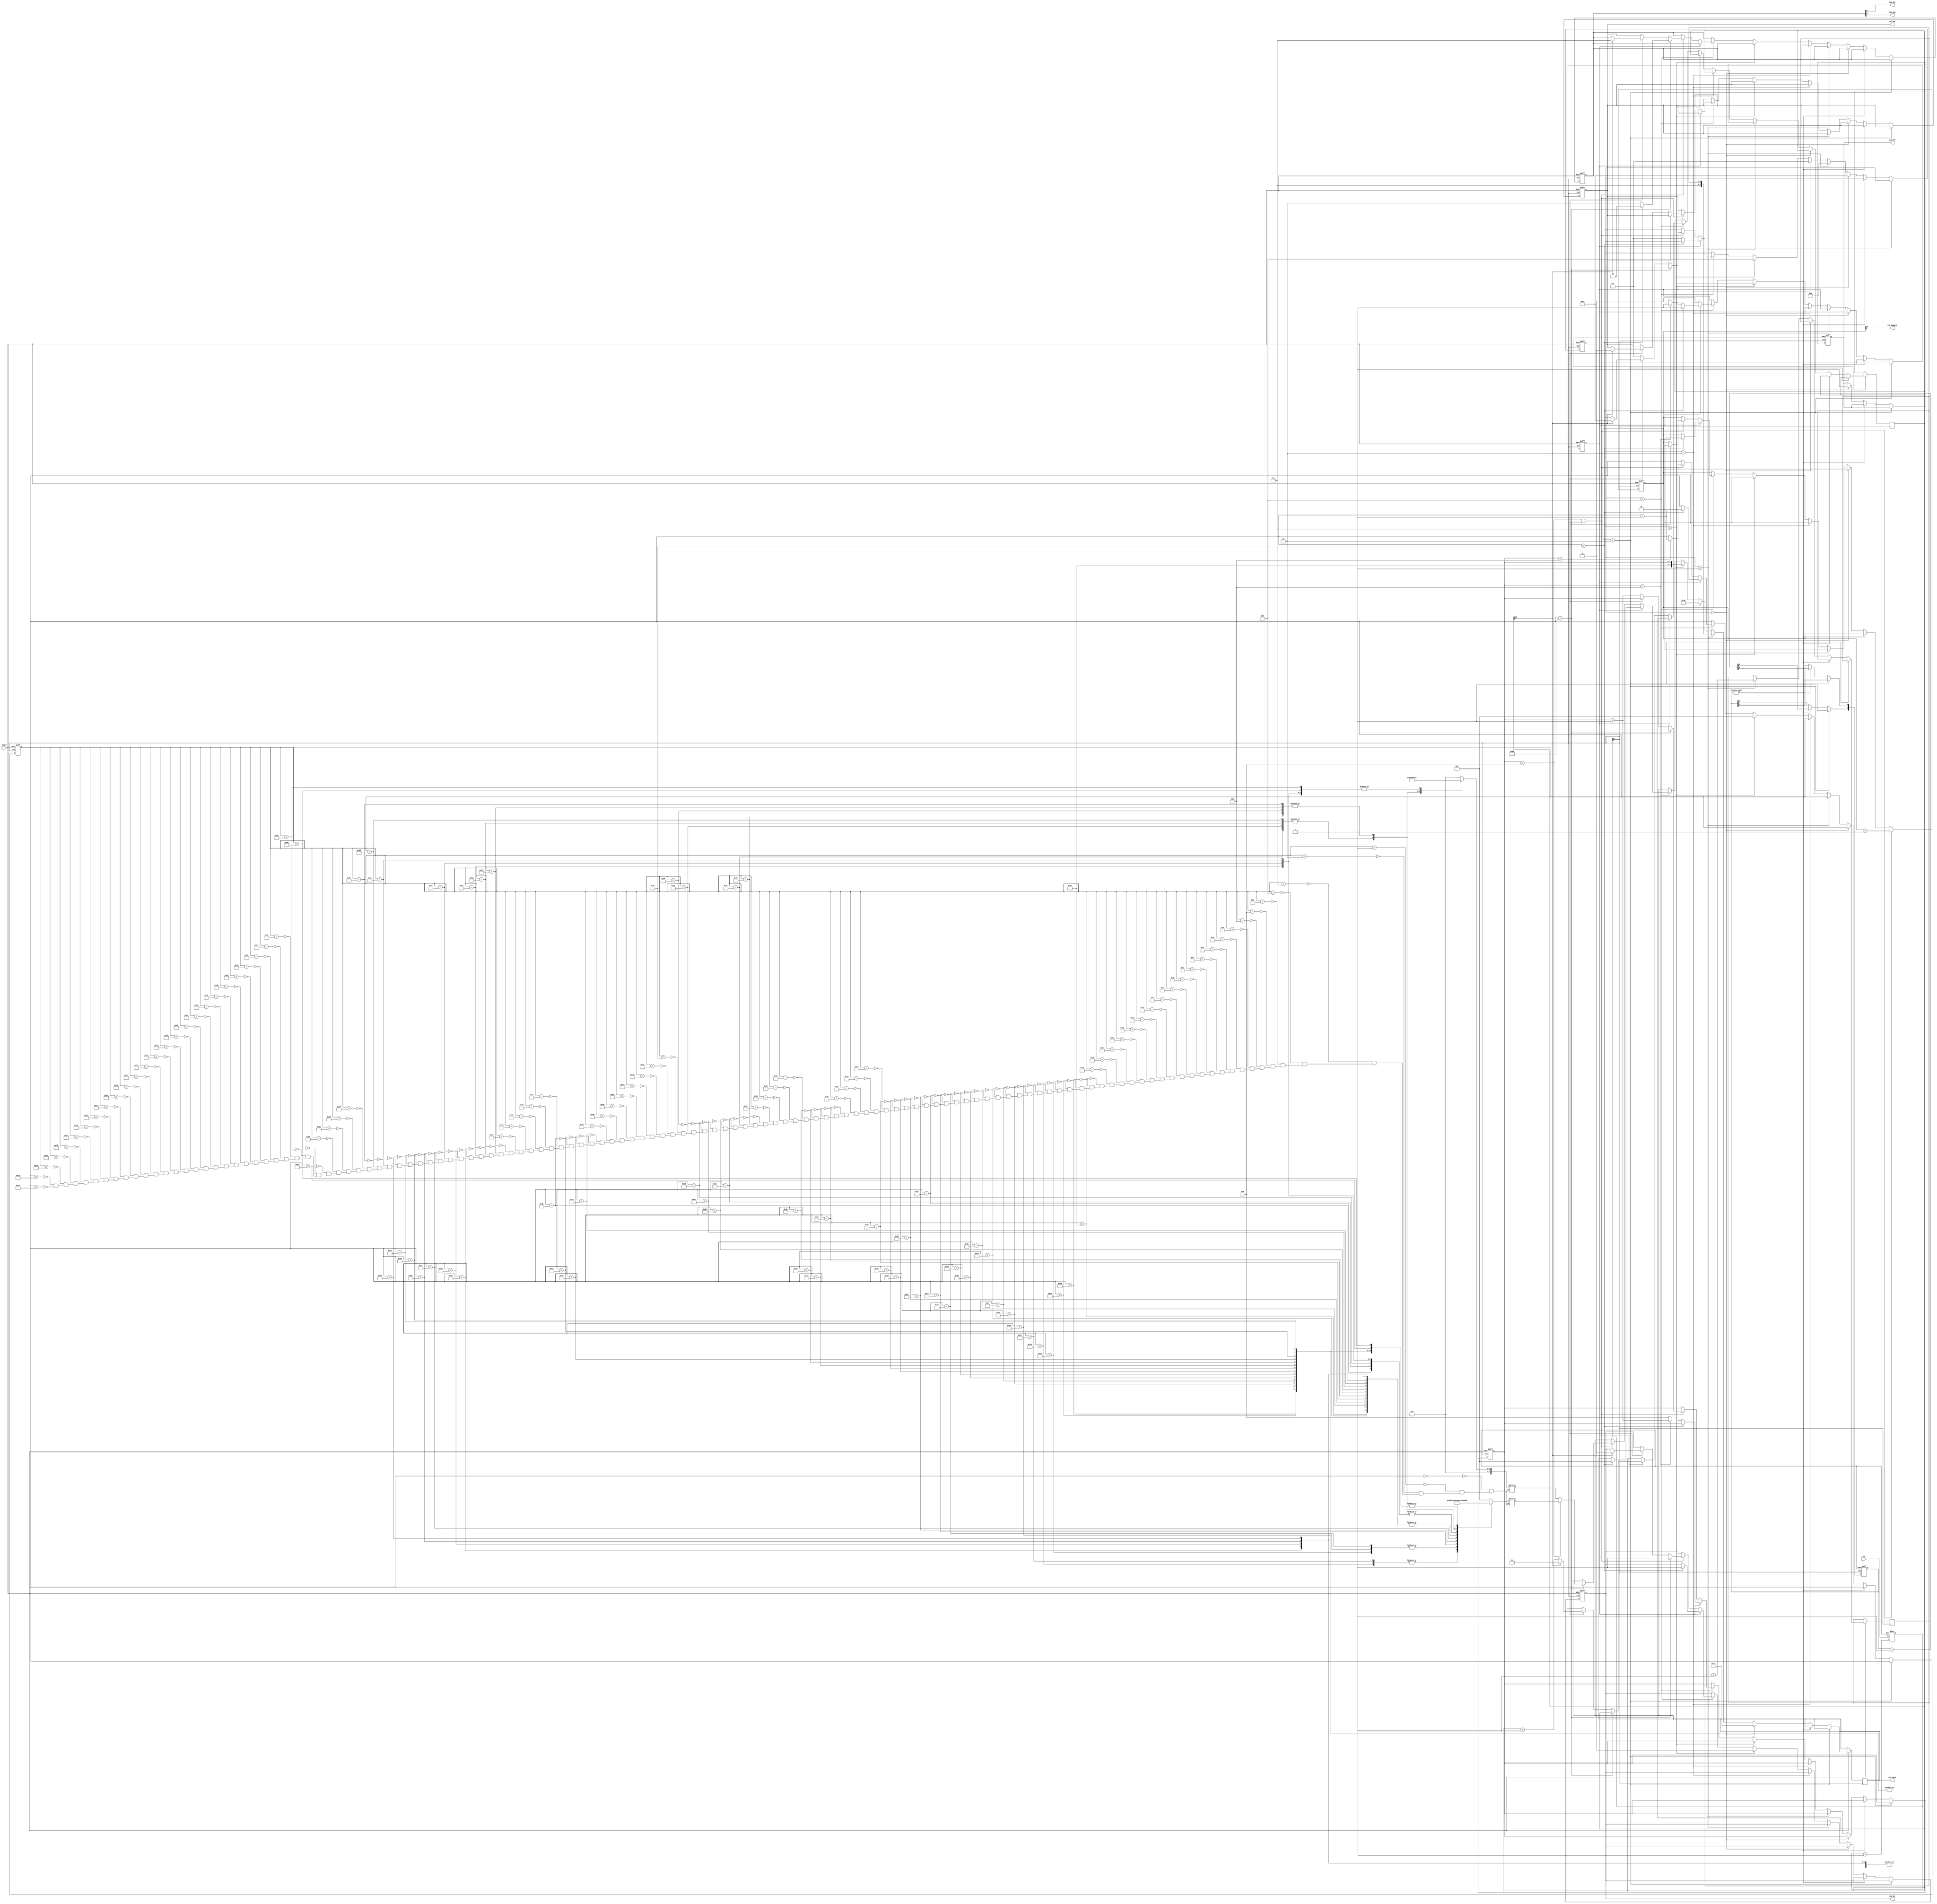
module lab8(CLK, RESET, LCD_ENABLE, LCD_RW, LCD_DI, LCD_CS1, LCD_CS2, LCD_RST,LCD_DATA);
	input CLK;
	input RESET;
	output LCD_ENABLE;
	output LCD_RW;
	output LCD_DI;
	output LCD_CS1;
	output LCD_CS2;
	output LCD_RST;
	output[7:0] LCD_DATA;
	reg[7:0] LCD_DATA;
	reg[7:0] UPPER_PATTERN;
	reg[7:0] LOWER_PATTERN;
	reg[1:0] LCD_SEL;
	reg[2:0] STATE;
	reg[2:0] X_PAGE;
	reg[8:1] DIVIDER;
	reg[1:0] DELAY;
	reg[7:0] INDEX;
	reg[1:0] ENABLE;
	reg CLEAR;
	reg LCD_RW;
	reg LCD_DI;
	reg LCD_RST;
	wire LCD_CLK;
	wire LCD_CS1;
	wire LCD_CS2;
	wire LCD_ENABLE;
	reg[5:0] start;
	reg[20:0] slow;
	/***********************
	* Clock Divider *
	***********************/
	always@(posedge CLK or negedge RESET)
	begin
	if(!RESET)
	DIVIDER <= 8'h00;
	else
	DIVIDER <= DIVIDER + 1;
	end
	assign LCD_CLK = DIVIDER[8];
	
	/***********************
	* Display Patterns *
	***********************/
	always@(INDEX)
	begin
		case(INDEX)
		8'h00 : UPPER_PATTERN = 8'h00; //SPACE
		8'h01 : UPPER_PATTERN = 8'h00;
		8'h02 : UPPER_PATTERN = 8'h00;
		8'h03 : UPPER_PATTERN = 8'h00;
		8'h04 : UPPER_PATTERN = 8'h00;
		8'h05 : UPPER_PATTERN = 8'h00;
		8'h06 : UPPER_PATTERN = 8'h00;
		8'h07 : UPPER_PATTERN = 8'h00;
		8'h08 : UPPER_PATTERN = 8'h00; // SPACE
		8'h09 : UPPER_PATTERN = 8'h00;
		8'h0A : UPPER_PATTERN = 8'h00;
		8'h0B : UPPER_PATTERN = 8'h00;
		8'h0C : UPPER_PATTERN = 8'h00;
		8'h0D : UPPER_PATTERN = 8'h00;
		8'h0E : UPPER_PATTERN = 8'h00;
		8'h0F : UPPER_PATTERN = 8'h00;
		8'h10 : UPPER_PATTERN = 8'h00; // SPACE
		8'h11 : UPPER_PATTERN = 8'h00;
		8'h12 : UPPER_PATTERN = 8'h00;
		8'h13 : UPPER_PATTERN = 8'h00;
		8'h14 : UPPER_PATTERN = 8'h00;
		8'h15 : UPPER_PATTERN = 8'h00;
		8'h16 : UPPER_PATTERN = 8'h00;
		8'h17 : UPPER_PATTERN = 8'h08;
		8'h18 : UPPER_PATTERN = 8'hF8; // H
		8'h19 : UPPER_PATTERN = 8'hF8;
		8'h1A : UPPER_PATTERN = 8'h88;
		8'h1B : UPPER_PATTERN = 8'h80;
		8'h1C : UPPER_PATTERN = 8'h80;
		8'h1D : UPPER_PATTERN = 8'h88;
		8'h1E : UPPER_PATTERN = 8'hF8;
		8'h1F : UPPER_PATTERN = 8'hF8;
		8'h20 : UPPER_PATTERN = 8'h08; // E
		8'h21 : UPPER_PATTERN = 8'h08;
		8'h22 : UPPER_PATTERN = 8'hF8;
		8'h23 : UPPER_PATTERN = 8'hF8;
		8'h24 : UPPER_PATTERN = 8'h88;
		8'h25 : UPPER_PATTERN = 8'hC8;
		8'h26 : UPPER_PATTERN = 8'h18;
		8'h27 : UPPER_PATTERN = 8'h38;
		8'h28 : UPPER_PATTERN = 8'h08; // L
		8'h29 : UPPER_PATTERN = 8'hF8;
		8'h2A : UPPER_PATTERN = 8'hF8;
		8'h2B : UPPER_PATTERN = 8'h08;
		8'h2C : UPPER_PATTERN = 8'h00;
		8'h2D : UPPER_PATTERN = 8'h00;
		8'h2E : UPPER_PATTERN = 8'h00;
		8'h2F : UPPER_PATTERN = 8'h00;
		8'h30 : UPPER_PATTERN = 8'h08; // L
		8'h31 : UPPER_PATTERN = 8'hF8;
		8'h32 : UPPER_PATTERN = 8'hF8;
		8'h33 : UPPER_PATTERN = 8'h08;
		8'h34 : UPPER_PATTERN = 8'h00;
		8'h35 : UPPER_PATTERN = 8'h00;
		8'h36 : UPPER_PATTERN = 8'h00;
		8'h37 : UPPER_PATTERN = 8'h00;
		8'h38 : UPPER_PATTERN = 8'hE0; // O
		8'h39 : UPPER_PATTERN = 8'hF0;
		8'h3A : UPPER_PATTERN = 8'h18;
		8'h3B : UPPER_PATTERN = 8'h08;
		8'h3C : UPPER_PATTERN = 8'h08;
		8'h3D : UPPER_PATTERN = 8'h18;
		8'h3E : UPPER_PATTERN = 8'hF0;
		8'h3F : UPPER_PATTERN = 8'hE0;
		8'h40 : UPPER_PATTERN = 8'h00; //SPACE
		8'h41 : UPPER_PATTERN = 8'h00;
		8'h42 : UPPER_PATTERN = 8'h00;
		8'h43 : UPPER_PATTERN = 8'h00;
		8'h44 : UPPER_PATTERN = 8'h00;
		8'h45 : UPPER_PATTERN = 8'h00;
		8'h46 : UPPER_PATTERN = 8'h00;
		8'h47 : UPPER_PATTERN = 8'h00;
		8'h48 : UPPER_PATTERN = 8'h08; // L
		8'h49 : UPPER_PATTERN = 8'hF8;
		8'h4A : UPPER_PATTERN = 8'hF8;
		8'h4B : UPPER_PATTERN = 8'h08;
		8'h4C : UPPER_PATTERN = 8'h00;
		8'h4D : UPPER_PATTERN = 8'h00;
		8'h4E : UPPER_PATTERN = 8'h00;
		8'h4F : UPPER_PATTERN = 8'h00;
		8'h50 : UPPER_PATTERN = 8'h00; // C
		8'h51 : UPPER_PATTERN = 8'hE0;
		8'h52 : UPPER_PATTERN = 8'hF0;
		8'h53 : UPPER_PATTERN = 8'h18;
		8'h54 : UPPER_PATTERN = 8'h08;
		8'h55 : UPPER_PATTERN = 8'h08;
		8'h56 : UPPER_PATTERN = 8'h18;
		8'h57 : UPPER_PATTERN = 8'h30;
		8'h58 : UPPER_PATTERN = 8'h08; // D
		8'h59 : UPPER_PATTERN = 8'hF8;
		8'h5A : UPPER_PATTERN = 8'hF8;
		8'h5B : UPPER_PATTERN = 8'h08;
		8'h5C : UPPER_PATTERN = 8'h18;
		8'h5D : UPPER_PATTERN = 8'hF0;
		8'h5E : UPPER_PATTERN = 8'hE0;
		8'h5F : UPPER_PATTERN = 8'h00;
		8'h60 : UPPER_PATTERN = 8'h00; // !
		8'h61 : UPPER_PATTERN = 8'h00;
		8'h62 : UPPER_PATTERN = 8'h00;
		8'h63 : UPPER_PATTERN = 8'hF8;
		8'h64 : UPPER_PATTERN = 8'hF8;
		8'h65 : UPPER_PATTERN = 8'h00;
		8'h66 : UPPER_PATTERN = 8'h00;
		8'h67 : UPPER_PATTERN = 8'h00;
		8'h68 : UPPER_PATTERN = 8'h00; // SPACE
		8'h69 : UPPER_PATTERN = 8'h00;
		8'h6A : UPPER_PATTERN = 8'h00;
		8'h6B : UPPER_PATTERN = 8'h00;
		8'h6C : UPPER_PATTERN = 8'h00;
		8'h6D : UPPER_PATTERN = 8'h00;
		8'h6E : UPPER_PATTERN = 8'h00;
		8'h6F : UPPER_PATTERN = 8'h00;
		8'h70 : UPPER_PATTERN = 8'h00; // SPACE
		8'h71 : UPPER_PATTERN = 8'h00;
		8'h72 : UPPER_PATTERN = 8'h00;
		8'h73 : UPPER_PATTERN = 8'h00;
		8'h74 : UPPER_PATTERN = 8'h00;
		8'h75 : UPPER_PATTERN = 8'h00;
		8'h76 : UPPER_PATTERN = 8'h00;
		8'h77 : UPPER_PATTERN = 8'h00;
		8'h78 : UPPER_PATTERN = 8'h00; // SPACE
		8'h79 : UPPER_PATTERN = 8'h00;
		8'h7A : UPPER_PATTERN = 8'h00;
		8'h7B : UPPER_PATTERN = 8'h00;
		8'h7C : UPPER_PATTERN = 8'h00;
		8'h7D : UPPER_PATTERN = 8'h00;
		8'h7E : UPPER_PATTERN = 8'h00;
		8'h7F : UPPER_PATTERN = 8'h00;
		endcase
	end

	always@(INDEX)
	begin
		case(INDEX)
		8'h00 : LOWER_PATTERN = 8'h00; // SPACE
		8'h01 : LOWER_PATTERN = 8'h00;
		8'h02 : LOWER_PATTERN = 8'h00;
		8'h03 : LOWER_PATTERN = 8'h00;
		8'h04 : LOWER_PATTERN = 8'h00;
		8'h05 : LOWER_PATTERN = 8'h00;
		8'h06 : LOWER_PATTERN = 8'h00;
		8'h07 : LOWER_PATTERN = 8'h00;
		8'h08 : LOWER_PATTERN = 8'h00; // SPACE
		8'h09 : LOWER_PATTERN = 8'h00;
		8'h0A : LOWER_PATTERN = 8'h00;
		8'h0B : LOWER_PATTERN = 8'h00;
		8'h0C : LOWER_PATTERN = 8'h00;
		8'h0D : LOWER_PATTERN = 8'h00;
		8'h0E : LOWER_PATTERN = 8'h00;
		8'h0F : LOWER_PATTERN = 8'h00;
		8'h10 : LOWER_PATTERN = 8'h00; // SPACE
		8'h11 : LOWER_PATTERN = 8'h00;
		8'h12 : LOWER_PATTERN = 8'h00;
		8'h13 : LOWER_PATTERN = 8'h00;
		8'h14 : LOWER_PATTERN = 8'h00;
		8'h15 : LOWER_PATTERN = 8'h00;
		8'h16 : LOWER_PATTERN = 8'h00;
		8'h17 : LOWER_PATTERN = 8'h08;
		8'h18 : LOWER_PATTERN = 8'h0F; // H
		8'h19 : LOWER_PATTERN = 8'h0F;
		8'h1A : LOWER_PATTERN = 8'h08;
		8'h1B : LOWER_PATTERN = 8'h00;
		8'h1C : LOWER_PATTERN = 8'h00;
		8'h1D : LOWER_PATTERN = 8'h08;
		8'h1E : LOWER_PATTERN = 8'h0F;
		8'h1F : LOWER_PATTERN = 8'h0F;
		8'h20 : LOWER_PATTERN = 8'h08; // E
		8'h21 : LOWER_PATTERN = 8'h08;
		8'h22 : LOWER_PATTERN = 8'h0F;
		8'h23 : LOWER_PATTERN = 8'h0F;
		8'h24 : LOWER_PATTERN = 8'h08;
		8'h25 : LOWER_PATTERN = 8'h09;
		8'h26 : LOWER_PATTERN = 8'h0C;
		8'h27 : LOWER_PATTERN = 8'h0E;
		8'h28 : LOWER_PATTERN = 8'h08; // L
		8'h29 : LOWER_PATTERN = 8'h0F;
		8'h2A : LOWER_PATTERN = 8'h0F;
		8'h2B : LOWER_PATTERN = 8'h08;
		8'h2C : LOWER_PATTERN = 8'h08;
		8'h2D : LOWER_PATTERN = 8'h08;
		8'h2E : LOWER_PATTERN = 8'h08;
		8'h2F : LOWER_PATTERN = 8'h0C;
		8'h30 : LOWER_PATTERN = 8'h08; // L
		8'h31 : LOWER_PATTERN = 8'h0F;
		8'h32 : LOWER_PATTERN = 8'h0F;
		8'h33 : LOWER_PATTERN = 8'h08;
		8'h34 : LOWER_PATTERN = 8'h08;
		8'h35 : LOWER_PATTERN = 8'h08;
		8'h36 : LOWER_PATTERN = 8'h08;
		8'h37 : LOWER_PATTERN = 8'h0C;
		8'h38 : LOWER_PATTERN = 8'h03; // O
		8'h39 : LOWER_PATTERN = 8'h07;
		8'h3A : LOWER_PATTERN = 8'h0C;
		8'h3B : LOWER_PATTERN = 8'h08;
		8'h3C : LOWER_PATTERN = 8'h08;
		8'h3D : LOWER_PATTERN = 8'h0C;
		8'h3E : LOWER_PATTERN = 8'h07;
		8'h3F : LOWER_PATTERN = 8'h03;	
		8'h40 : LOWER_PATTERN = 8'h00; // SPACE
		8'h41 : LOWER_PATTERN = 8'h00;
		8'h42 : LOWER_PATTERN = 8'h00;
		8'h43 : LOWER_PATTERN = 8'h00;
		8'h44 : LOWER_PATTERN = 8'h00;
		8'h45 : LOWER_PATTERN = 8'h00;
		8'h46 : LOWER_PATTERN = 8'h00;
		8'h47 : LOWER_PATTERN = 8'h00;
		8'h48 : LOWER_PATTERN = 8'h08; // L
		8'h49 : LOWER_PATTERN = 8'h0F;
		8'h4A : LOWER_PATTERN = 8'h0F;
		8'h4B : LOWER_PATTERN = 8'h08;
		8'h4C : LOWER_PATTERN = 8'h08;
		8'h4D : LOWER_PATTERN = 8'h08;
		8'h4E : LOWER_PATTERN = 8'h08;
		8'h4F : LOWER_PATTERN = 8'h0C;
		8'h50 : LOWER_PATTERN = 8'h00; // C
		8'h51 : LOWER_PATTERN = 8'h03;
		8'h52 : LOWER_PATTERN = 8'h07;
		8'h53 : LOWER_PATTERN = 8'h0C;
		8'h54 : LOWER_PATTERN = 8'h08;
		8'h55 : LOWER_PATTERN = 8'h08;
		8'h56 : LOWER_PATTERN = 8'h0C;
		8'h57 : LOWER_PATTERN = 8'h06;
		8'h58 : LOWER_PATTERN = 8'h08; // D
		8'h59 : LOWER_PATTERN = 8'h0F;
		8'h5A : LOWER_PATTERN = 8'h0F;
		8'h5B : LOWER_PATTERN = 8'h08;
		8'h5C : LOWER_PATTERN = 8'h0C;
		8'h5D : LOWER_PATTERN = 8'h07;
		8'h5E : LOWER_PATTERN = 8'h03;
		8'h5F : LOWER_PATTERN = 8'h00;
		8'h60 : LOWER_PATTERN = 8'h00; // !
		8'h61 : LOWER_PATTERN = 8'h00;
		8'h62 : LOWER_PATTERN = 8'h00;
		8'h63 : LOWER_PATTERN = 8'h00;
		8'h64 : LOWER_PATTERN = 8'h0C;
		8'h65 : LOWER_PATTERN = 8'h0C;
		8'h66 : LOWER_PATTERN = 8'h00;
		8'h67 : LOWER_PATTERN = 8'h00;
		8'h68 : LOWER_PATTERN = 8'h00; // SPACE
		8'h69 : LOWER_PATTERN = 8'h00;
		8'h6A : LOWER_PATTERN = 8'h00;
		8'h6B : LOWER_PATTERN = 8'h00;
		8'h6C : LOWER_PATTERN = 8'h00;
		8'h6D : LOWER_PATTERN = 8'h00;
		8'h6E : LOWER_PATTERN = 8'h00;
		8'h6F : LOWER_PATTERN = 8'h00;
		8'h70 : LOWER_PATTERN = 8'h00; // SPACE
		8'h71 : LOWER_PATTERN = 8'h00;
		8'h72 : LOWER_PATTERN = 8'h00;
		8'h73 : LOWER_PATTERN = 8'h00;
		8'h74 : LOWER_PATTERN = 8'h00;
		8'h75 : LOWER_PATTERN = 8'h00;
		8'h76 : LOWER_PATTERN = 8'h00;
		8'h77 : LOWER_PATTERN = 8'h00;
		8'h78 : LOWER_PATTERN = 8'h00; // SPACE
		8'h79 : LOWER_PATTERN = 8'h00;
		8'h7A : LOWER_PATTERN = 8'h00;
		8'h7B : LOWER_PATTERN = 8'h00;
		8'h7C : LOWER_PATTERN = 8'h00;
		8'h7D : LOWER_PATTERN = 8'h00;
		8'h7E : LOWER_PATTERN = 8'h00;
		8'h7F : LOWER_PATTERN = 8'h00;
		endcase
	end
	/******************************
	* Initialize and Write LCD Data *
	******************************/
	always@(negedge LCD_CLK or negedge RESET)begin
		if(!RESET)begin
			CLEAR <= 1'b1;
			STATE <= 3'b0;
			DELAY <= 2'b00;
			X_PAGE <= 3'o0;
			INDEX = 0;
			LCD_RST<= 1'b0;
			ENABLE <= 2'b00;
			LCD_SEL<= 2'b11;
			LCD_DI <= 1'b0;
			LCD_RW <= 1'b0;
		end
		
		else begin
			if(ENABLE < 2'b10)begin
				ENABLE <= ENABLE + 1;
				DELAY[1]<= 1'b1;
			end
			else if(DELAY != 2'b00)
				DELAY <= DELAY -1;
			else if(STATE == 3'o0)begin
				STATE <= 3'o1;
				LCD_RST <= 1'b1;
				LCD_DATA<= 8'h3F;
				ENABLE <= 2'b00;
			end
			else if(STATE == 3'o1)
			begin
				STATE <= 3'o2;
				LCD_DATA<= {2'b11,start};
				ENABLE <= 2'b00;
				start <= start+1;
			end
			else if(STATE == 3'o2)
			begin
				STATE <= 3'o3;
				LCD_DATA<= 8'h40;
				ENABLE <= 2'b00;
			end
			else if(STATE == 3'o3)
			begin
				STATE <= 3'o4;
				LCD_DI <= 1'b0;
				INDEX = 0;
				LCD_DATA<= {5'b10111,X_PAGE};
				ENABLE <= 2'b00;
			end
			else if(STATE == 3'o4)
			begin
				if(CLEAR)
				begin
					if(INDEX < 64)
					begin
						INDEX = INDEX + 1;
						LCD_DI <= 1'b1;
						LCD_DATA<= 8'h00;
						ENABLE <= 2'b00;
					end
					else if(X_PAGE < 3'o7)
					begin
						STATE <= 3'o3;
						X_PAGE <= X_PAGE + 1;
					end
					else
					begin
						STATE <= 3'o3;
						X_PAGE <= 3'o6;  //a
						CLEAR <= 1'b0;
					end
			end
			
			else
				if((X_PAGE == 3'o6)||(X_PAGE == 3'o7))
				begin
					if(INDEX < 128)
					begin
						LCD_DI <= 1'b1;
						if(X_PAGE == 3'o6)
							LCD_DATA <= UPPER_PATTERN;
						else
							LCD_DATA <= LOWER_PATTERN;
						
						if(INDEX < 64)
							LCD_SEL <= 2'b01;
						else
							LCD_SEL <= 2'b10;
						
						INDEX = INDEX + 1;
						ENABLE<= 2'b00;
					end
					
					else
					begin
						if(X_PAGE==3'o7)begin
							if(slow[12])begin
								STATE <= 3'o1;
								LCD_SEL <= 2'b11;
								LCD_DI <= 0;
								LCD_RW <= 0;
								slow <= 0;
							end
							else slow <= slow +1;
						end
						else begin
							LCD_SEL <= 2'b11;
							STATE <= 3'o3;
							X_PAGE <= X_PAGE + 1;
						end
					end
				end
			end
		end
	end
	assign LCD_ENABLE = ENABLE[0];
	assign LCD_CS1 = LCD_SEL[0];
	assign LCD_CS2 = LCD_SEL[1];

endmodule